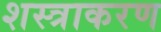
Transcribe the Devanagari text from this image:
शस्त्राकरण